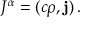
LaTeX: J ^ { \alpha } = ( c \rho , \mathbf { j } ) \, .